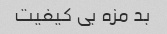
بد مزه بی کیفیت